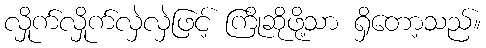
လှိုက်လှိုက်လှဲလှဲဖြင့် ကြိုဆိုဖို့သာ ရှိတော့သည်။